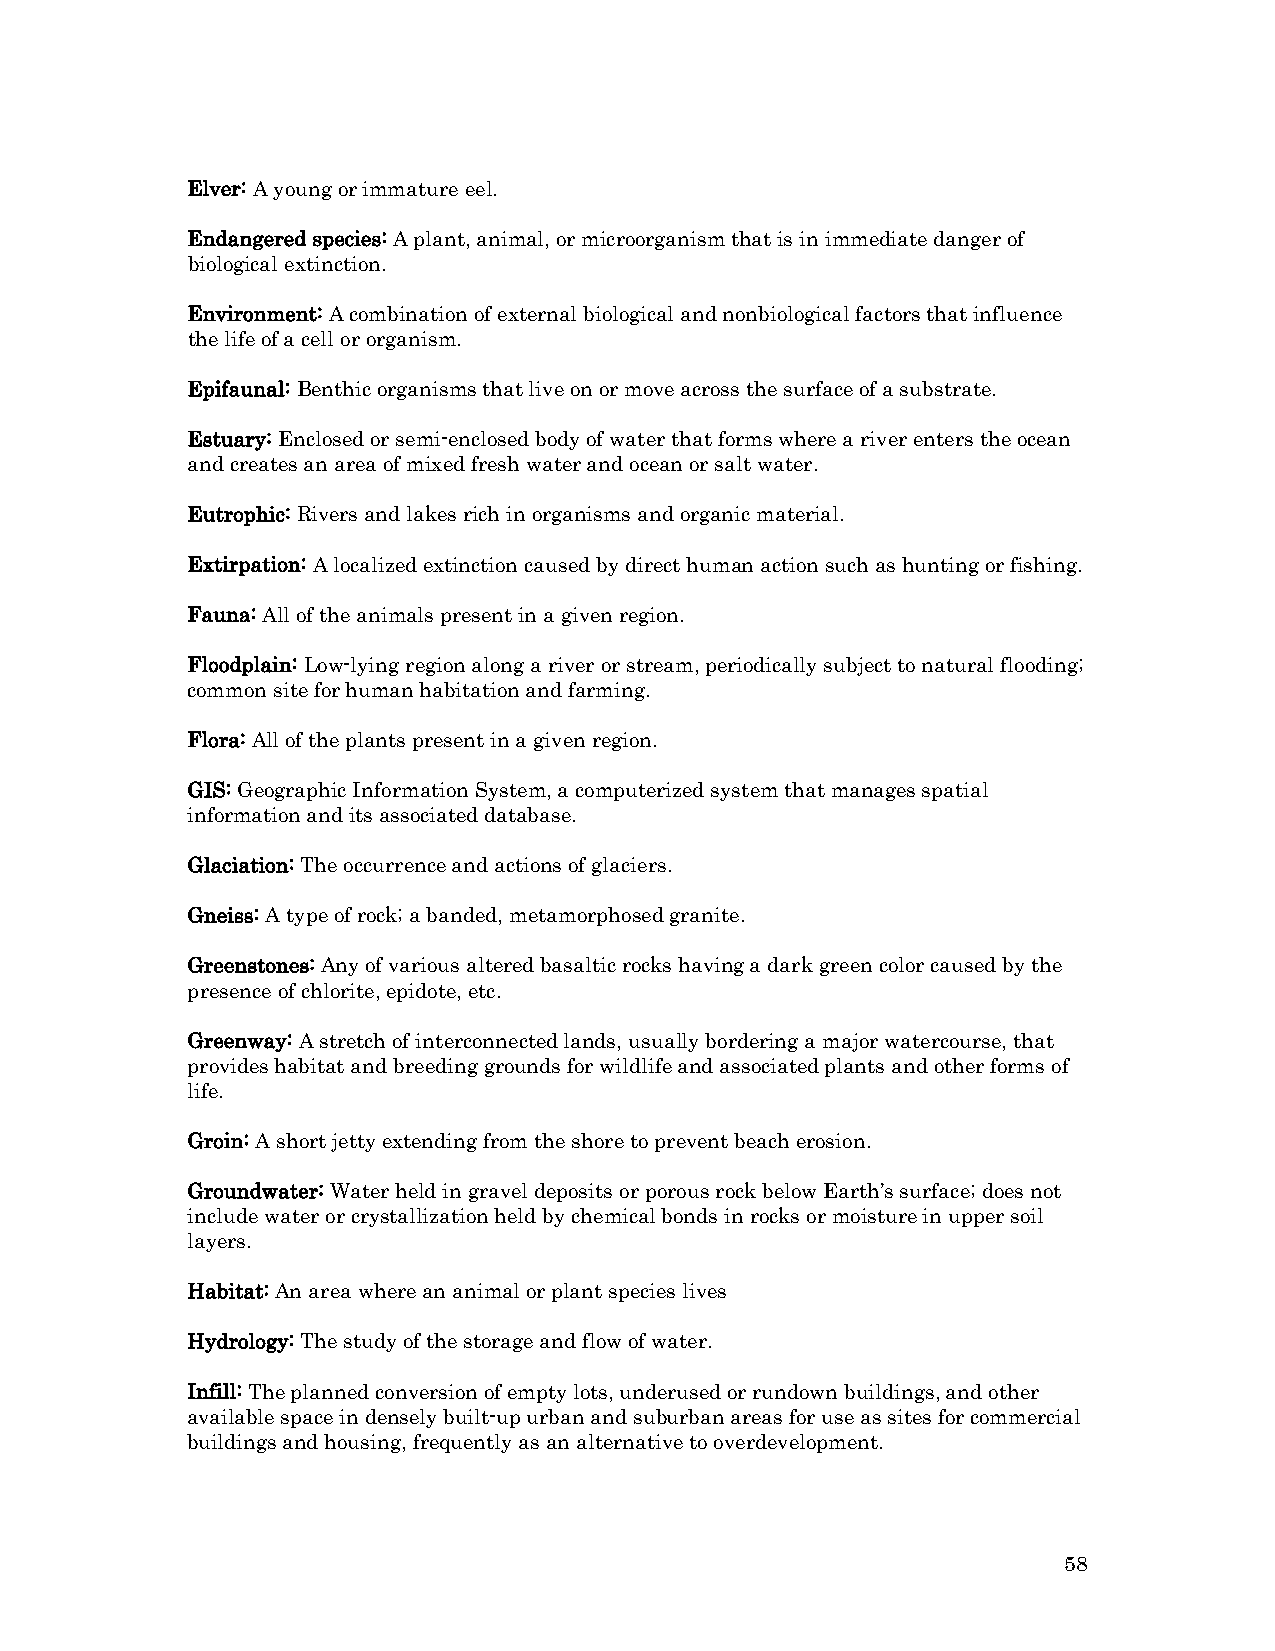
Elver: A young or immature eel.
 Endangered species: A plant, animal, or microorganism that is in immediate danger of
 biological extinction.
 Environment: A combination of external biological and nonbiological factors that influence
 the life of a cell or organism.
 Epifaunal: Benthic organisms that live on or move across the surface of a substrate.
 Estuary: Enclosed or semi-enclosed body of water that forms where a river enters the ocean
 and creates an area of mixed fresh water and ocean or salt water.
 Eutrophic: Rivers and lakes rich in organisms and organic material.
 Extirpation: A localized extinction caused by direct human action such as hunting or fishing.
 Fauna: All of the animals present in a given region.
 Floodplain: Low-lying region along a river or stream, periodically subject to natural flooding;
 common site for human habitation and farming.
 Flora: All of the plants present in a given region.
 GIS: Geographic Information System, a computerized system that manages spatial
 information and its associated database.
 Glaciation: The occurrence and actions of glaciers.
 Gneiss: A type of rock; a banded, metamorphosed granite.
 Greenstones: Any of various altered basaltic rocks having a dark green color caused by the
 presence of chlorite, epidote, etc.
 Greenway: A stretch of interconnected lands, usually bordering a major watercourse, that
 provides habitat and breeding grounds for wildlife and associated plants and other forms of
 life.
 Groin: A short jetty extending from the shore to prevent beach erosion.
 Groundwater: Water held in gravel deposits or porous rock below Earth’s surface; does not
 include water or crystallization held by chemical bonds in rocks or moisture in upper soil
 layers.
 Habitat: An area where an animal or plant species lives
 Hydrology: The study of the storage and flow of water.
 Infill: The planned conversion of empty lots, underused or rundown buildings, and other
 available space in densely built-up urban and suburban areas for use as sites for commercial
 buildings and housing, frequently as an alternative to overdevelopment.
 58